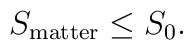
S_{\rm matter}\leq S_0.